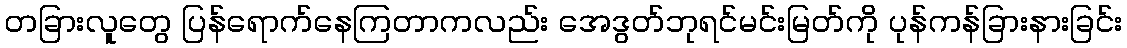
တခြားလူတွေ ပြန်ရောက်နေကြတာကလည်း အေဒွတ်ဘုရင်မင်းမြတ်ကို ပုန်ကန်ခြားနားခြင်း